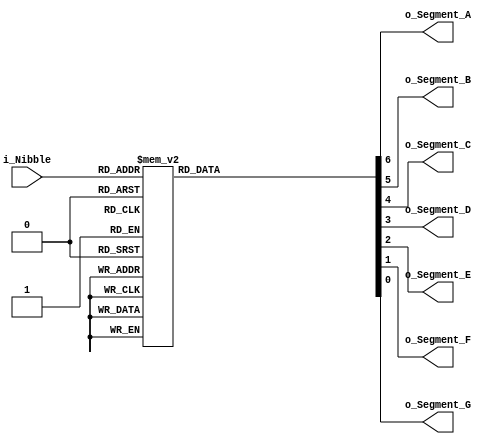
module Seven_Segment_Display (
  input [0:3] i_Nibble,
  output o_Segment_A,
  output o_Segment_B,
  output o_Segment_C,
  output o_Segment_D,
  output o_Segment_E,
  output o_Segment_F,
  output o_Segment_G
  );
  
  reg [6:0] w_Display;
  
  always @(i_Nibble)
    case (i_Nibble)
      0: w_Display = 7'h81;
      1: w_Display = 7'hCF;
      2: w_Display = 7'h92;
      3: w_Display = 7'h86;
      4: w_Display = 7'hCC;
      5: w_Display = 7'hA4;
      6: w_Display = 7'hA0;
      7: w_Display = 7'h8F;
      8: w_Display = 7'h80;
      9: w_Display = 7'h84;
      10: w_Display = 7'h88;
      11: w_Display = 7'hE0;
      12: w_Display = 7'hB1;
      13: w_Display = 7'hC2;
      14: w_Display = 7'hB0;
      15: w_Display = 7'hB8;
    endcase
    
  assign o_Segment_A = w_Display[6];
  assign o_Segment_B = w_Display[5];
  assign o_Segment_C = w_Display[4];
  assign o_Segment_D = w_Display[3];
  assign o_Segment_E = w_Display[2];
  assign o_Segment_F = w_Display[1];
  assign o_Segment_G = w_Display[0];
  
endmodule